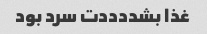
غذا بشددددت سرد بود